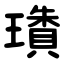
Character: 璳